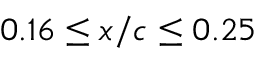
0 . 1 6 \leq x / c \leq 0 . 2 5